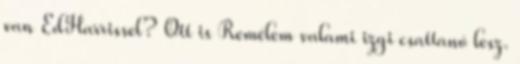
van EdHarrissel? Ott is Remélem valami izgi csattanó lesz.